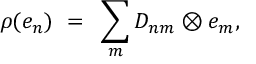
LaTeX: \rho ( e _ { n } ) ~ = ~ \sum _ { m } D _ { n m } \otimes e _ { m } ,